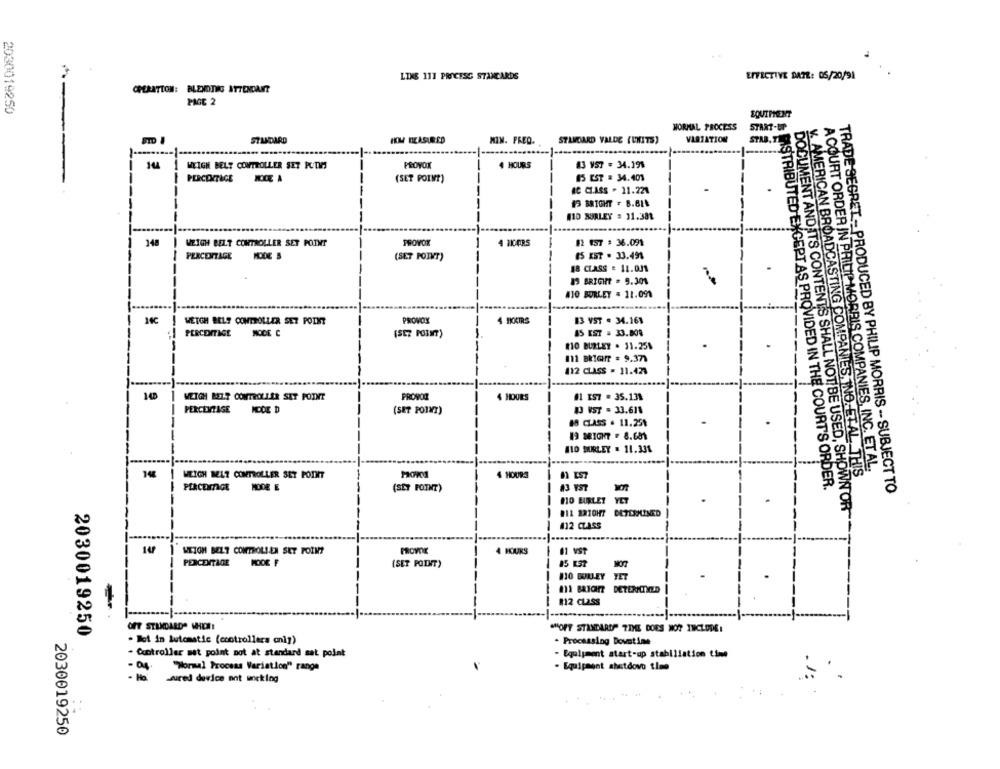
LINE 111 PROCESS STANDARDS
EFFECTIVE DATE: 05/20/91
OPERATION: BLENDING ATTENDANT
PAGE 2
2030019250
EQUIPMENT
NORMAL PROCESS
START-UP
STLHOARD VALDE (UNITS)
VARIATION
STAR. TIES
STD I
STANDARD
HOW BEASURED
MIM. PRED.
WEIGH BELT CONTROLLER SET PCTV
PROYOK
4 HOURS
43 VS7 = 34.199
85 EST = 34.401
PERCENTAGE
NOCE A
(SET POIM?)
AC CI.ASS . 11.221
13 BRICHT . B.B1₺
410 SURLEY = 11.381
148
WEIGH BELT CONTROLLER SET POINT
FROYOK
12 ES7 : 36.091
MODE S
IS KST . 33.491
PERCENTAGE
(SET POINT)
18 CLASS : 11.031
13 BRIGHT . 9.301
410 BURLEY = 11.091
14℃
WETGH BELS CONTROLLER SET POINT
PROVOY
4 IKATRS
13 VST . 34.161
PERCENTAGE
NOCE C
(517 POINT)
45 KST = 33.808
RO BURLEY . 31.25%
11 BRIGHT = 9.371
412 CLASS = 11.421
140
WEIGH BELT CONTROLLER SET POINT
PROVOZ
4 HOURS
#1 KS7 . 35.131
PERCENTAGE
MODE D
(SET POINT)
43 VST = 33.611
18 CLASS . 11.25%
13 MIGHT . 8.681
HO MORLEY . 11.331
A COURT ORDER IN PHILIP MORRIS COMPANIES, INC. ET AL.
WEIGH BELT CONTROLLER SET POINT
4 HOURS
y AMERICAN BROADCASTING COMPANIES, INO. ETAL. THIS
MAISTRIBUTED EXCEPT AS PROVIDED IN THE COURT'S ORDER.
PERCEIMAGE
MODE E
(SET POINT)
TRADE SEGRET - PRODUCED BY PHILIP MORRIS -- SUBJECT TO
NO BURLEY
YET
#12 2310H7
DOCUMENT AND ITS CONTENTS SHALL NOT BE USED, SHOWN OR
--
412 CLASS
WTION BELT CONTROLLER SET POINT
PROVOK
4 HOURS
11 VST
PERCENTAGE
MODE F
(SET POINT)
BIO BURLEY YET
DETERMINED
#12 CLASS
-
2030019250
OFF STENDARDO WHO !!
WHOFT STANDARDS TIME DOES NOT INCLUDE:
. lot in lutomatic (ccotrollers only)
- Processing Downtime
- Controller mat point mot at standard sat point
- Equipment start-up stabiliation time
"Wormal Process Variation" range
- Equipment shetdovo time
-sured device mot uneking
3
2030019250